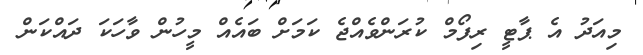
މިއަދު އެ ޕާޓީ ރިފޯމް ކުރަންވެއްޖެ ކަމަށް ބައެއް މީހުން ވާހަކަ ދައްކަން